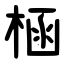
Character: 㮀